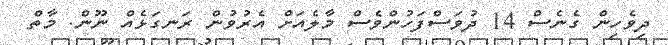
ދިވެހިން ގެނެސް 14 ދުވަސްފަހުންވެސް މާލެއަށް އެރުވުން ރަނގަޅެއް ނޫން. މާތް